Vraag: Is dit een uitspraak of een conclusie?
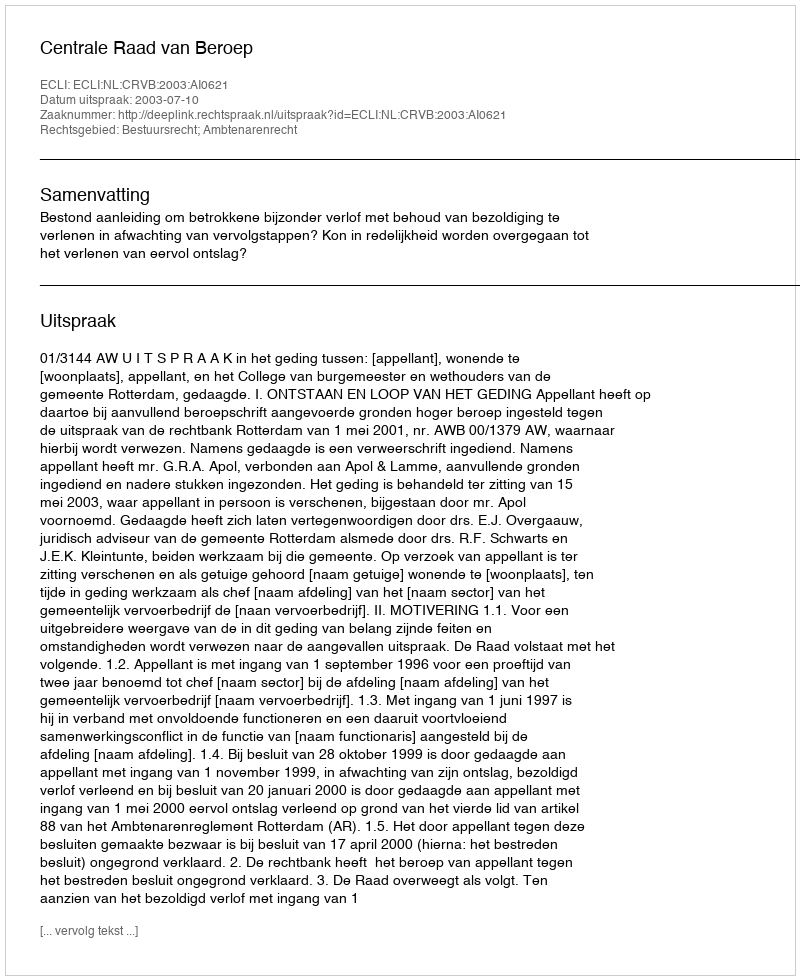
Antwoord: Uitspraak